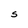
Character: S